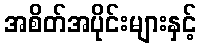
အစိတ်အပိုင်းများနှင့်